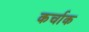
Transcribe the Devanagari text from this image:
कर्चाक